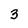
Character: 3